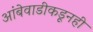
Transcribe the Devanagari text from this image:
आंबेवाडीकडूनही